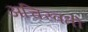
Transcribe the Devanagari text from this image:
अचिरवती